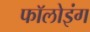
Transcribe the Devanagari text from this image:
फाॅलोइंग